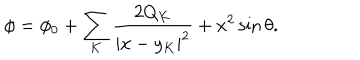
LaTeX: \phi = \phi _ { 0 } + \sum _ { K } { \frac { 2 Q _ { K } } { | x - y _ { K } | ^ { 2 } } } + x ^ { 2 } \sin \theta .